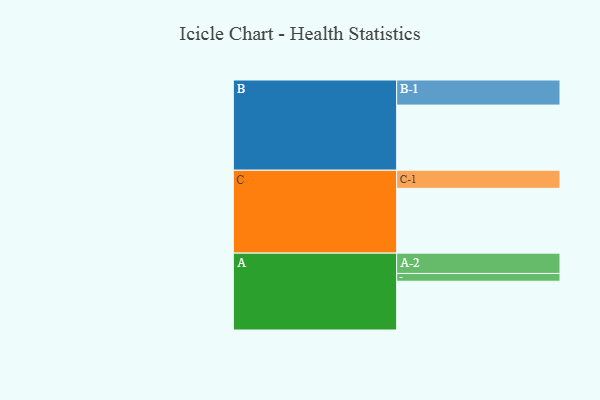
{"axis": {"x": "Segment", "y": "Value"}, "legend": ["", "A", "B", "C"], "data": [{"x": "A", "y": 420, "type": ""}, {"x": "B", "y": 561, "type": ""}, {"x": "C", "y": 558, "type": ""}, {"x": "A-1", "y": 67, "type": "A"}, {"x": "A-2", "y": 175, "type": "A"}, {"x": "B-1", "y": 216, "type": "B"}, {"x": "C-1", "y": 156, "type": "C"}]}